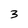
Character: 3